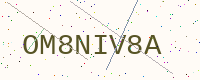
Text: OM8NIV8A